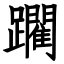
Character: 躙